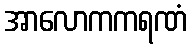
အာလောကကရဏံ